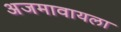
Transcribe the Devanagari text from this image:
अजमावायला